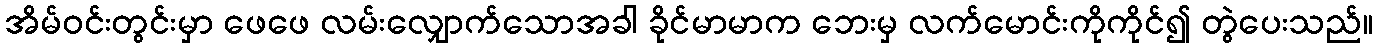
အိမ်ဝင်းတွင်းမှာ ဖေဖေ လမ်းလျှောက်သောအခါ ခိုင်မာမာက ဘေးမှ လက်မောင်းကိုကိုင်၍ တွဲပေးသည်။